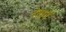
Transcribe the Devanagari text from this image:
देताने